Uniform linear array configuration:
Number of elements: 24
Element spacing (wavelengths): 0.75
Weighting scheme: cosine
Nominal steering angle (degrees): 0
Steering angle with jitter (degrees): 1.275
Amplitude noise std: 0.05
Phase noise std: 0.05

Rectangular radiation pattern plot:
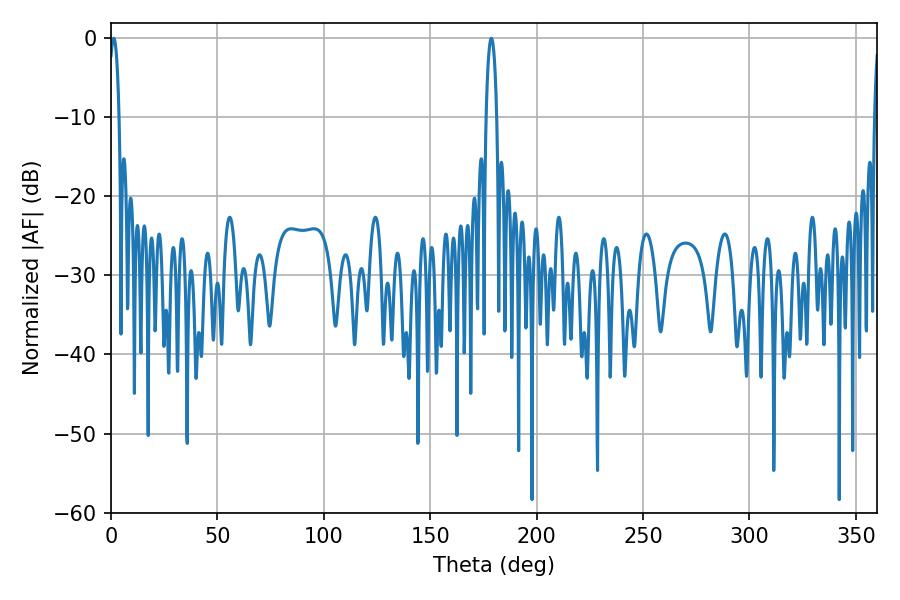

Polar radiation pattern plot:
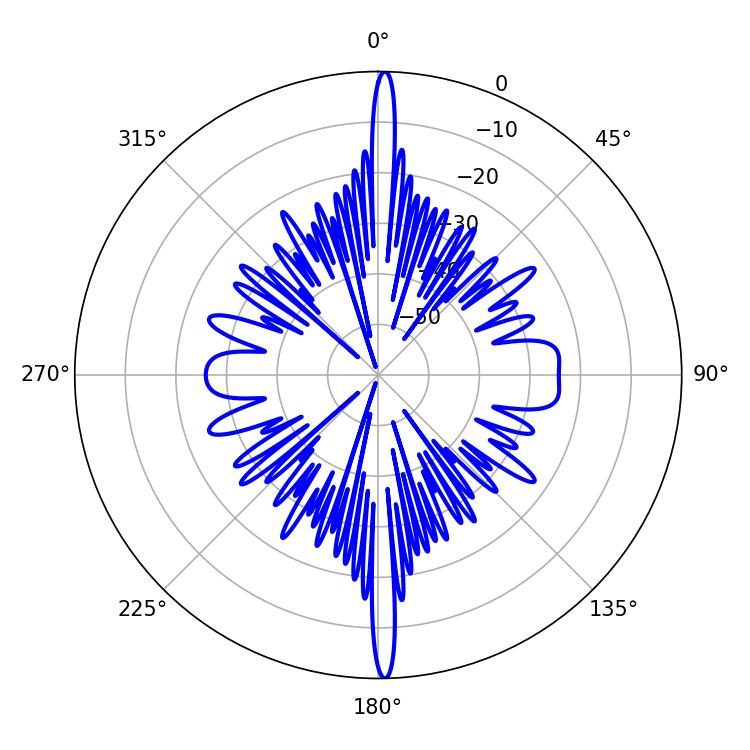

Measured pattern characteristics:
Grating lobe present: TRUE
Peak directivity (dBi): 28.06
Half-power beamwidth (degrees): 2.7
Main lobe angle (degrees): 1.26